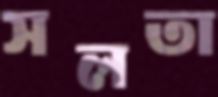
সলতা